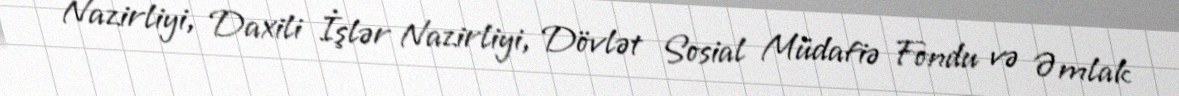
Nazirliyi, Daxili İşlər Nazirliyi, Dövlət Sosial Müdafiə Fondu və Əmlak